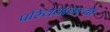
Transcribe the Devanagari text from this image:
परिचयातल्या